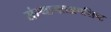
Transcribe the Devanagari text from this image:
संस्थागतअपशिष्ट